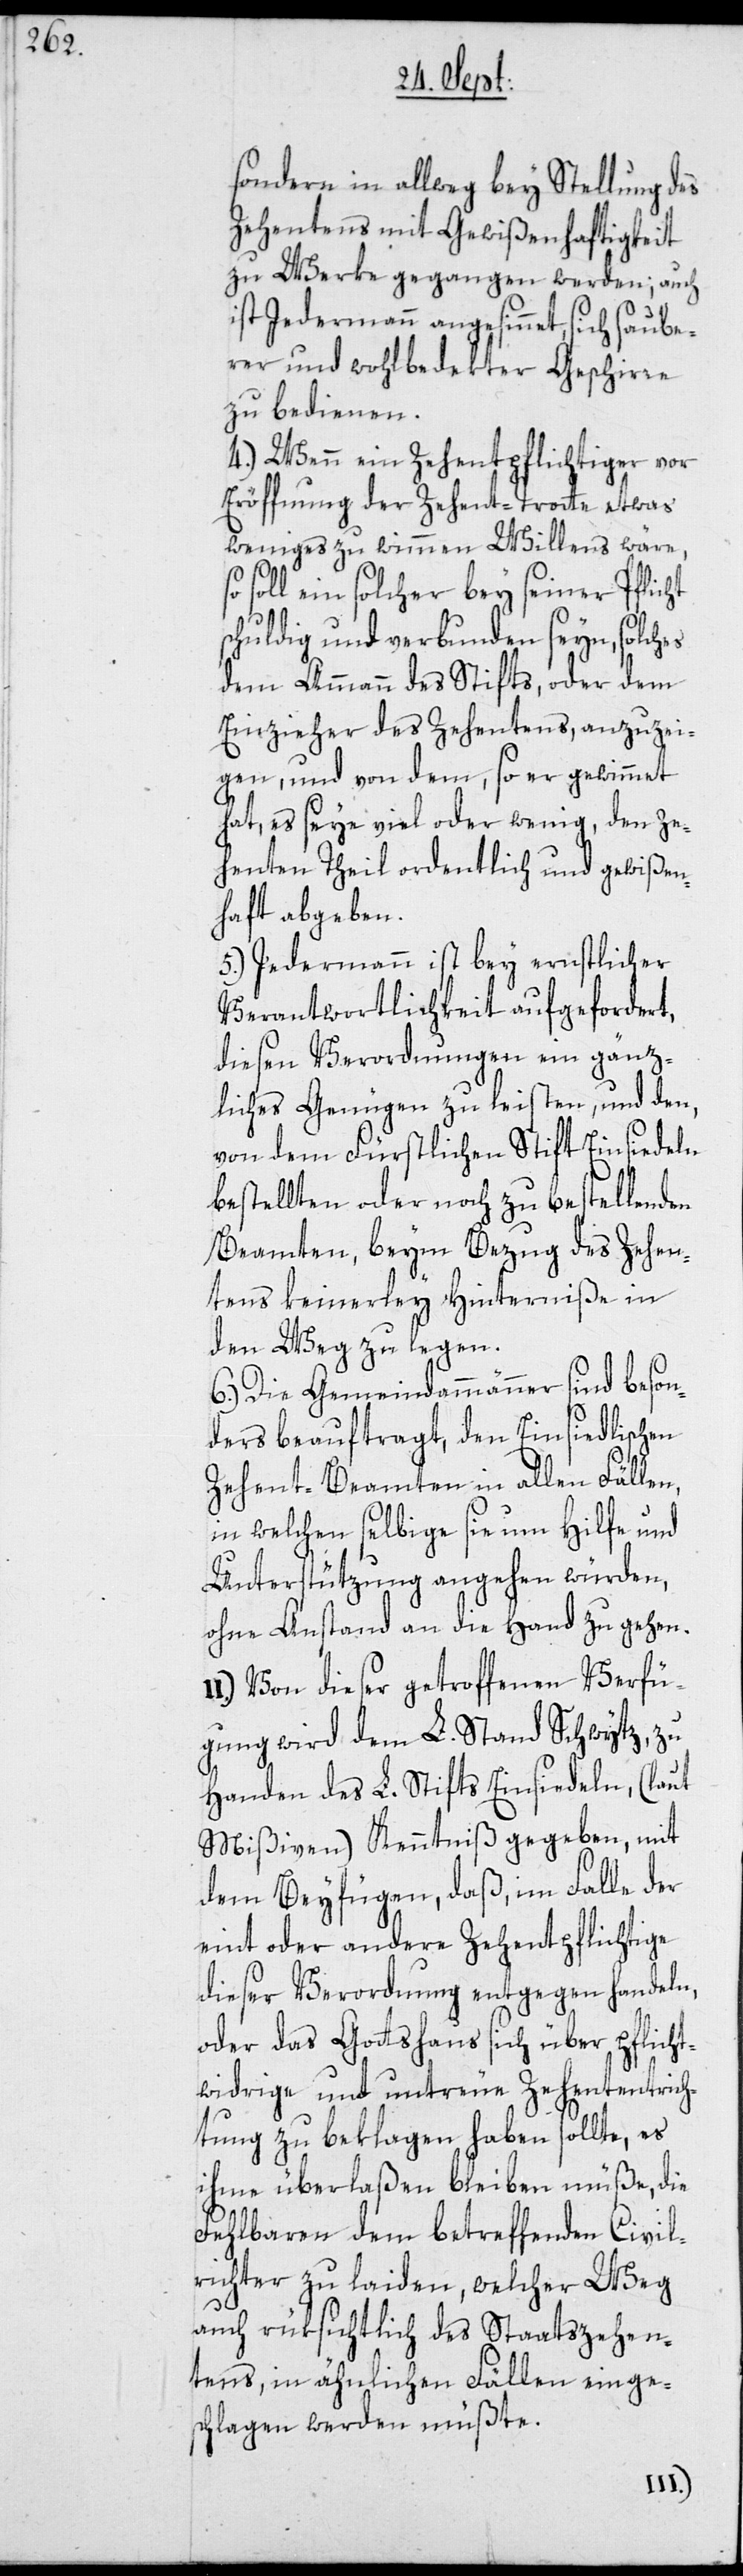
sondern in allweg bey Stellung des
Zehentens mit Gewißenhaftigkeit
zu Werke gegangen werden; auch
ist Jedermann angesinnet, sich saube¬
rer und wohlbedekter Geschirre
zu bedienen.
4.) Wenn ein Zehenpflichtiger vor
Eröffnung der Zehent-Trotte etwas
weniges zu wimmen Willens wäre,
I¬
soll ein solcher bey seiner Pflicht
chuldig und verbunden seyn, solches
dem Ammann des Stifts, oder dem
Einzieher des Zehentens, anzuzei¬
gen, und von dem, so er gewimmet
hat, es seye viel oder wenig, den ze¬
henten Theil ordentlich und gewißen¬
haft abgeben.
5.) Jedermann ist bey ernstlicher
Verantwortlichkeit aufgefordert,
diesen Verordnungen ein gänz¬
liches Genügen zu leisten, und den,
von dem Fürstlichen Stift Einsiedeln
bestellten oder noch zu bestellenden
Beamten, beym Bezug des Zehen¬
tens keinerley Hinterniße in
den Weg zu legen.
6.) Die Gemeindammänner sind beson¬
ders beauftragt, den Einsiedlischen
Zehent-Beamten in allen Fällen,
in welchen selbige sie um Hilfe und
Unterstützung angehen würden,
ohne Anstand an die Hand zu gehen.
I.) Von dieser getroffenen Verfü¬
gung wird dem L. Stand Schwytz, zu
Handen des L. Stifts Einsiedeln, (laut
Mißiven) Kenntniß gegeben, mit
dem Beyfügen, daß, im Falle der
eint oder andere Zehentpflichtige
dieser Verordnung entgegen handeln,
oder das Gottshaus sich über pflicht¬
widrige und untreue Zehententrich¬
tung zu beklagen haben sollte, es
ihme überlaßen bleiben müße, die
Fehlbaren dem betreffenden Civil¬
richter zu laiden, welcher Weg
auch rüksichtlich des Staatszehen¬
tens, in ähnlichen Fällen einge¬
schlagen werden müßte.